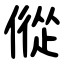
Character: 傱